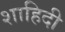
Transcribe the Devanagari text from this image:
शाहिदी